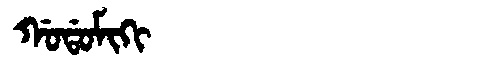
Manchu: ᡤᠣᡩᠣᠮᡳᡴᡳ
Romanization: GODOMIKI